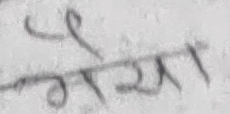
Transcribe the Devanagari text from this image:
गरया